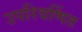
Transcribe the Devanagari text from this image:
उपरिवर्णित